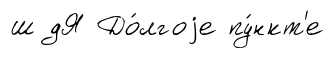
ш дЯ До́лгоjе пу́нкт'е